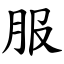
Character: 服